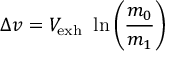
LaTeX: \Delta v = V _ { \mathrm { { e x h } } } ~ \ln \left( { \frac { m _ { 0 } } { m _ { 1 } } } \right)